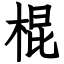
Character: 棍